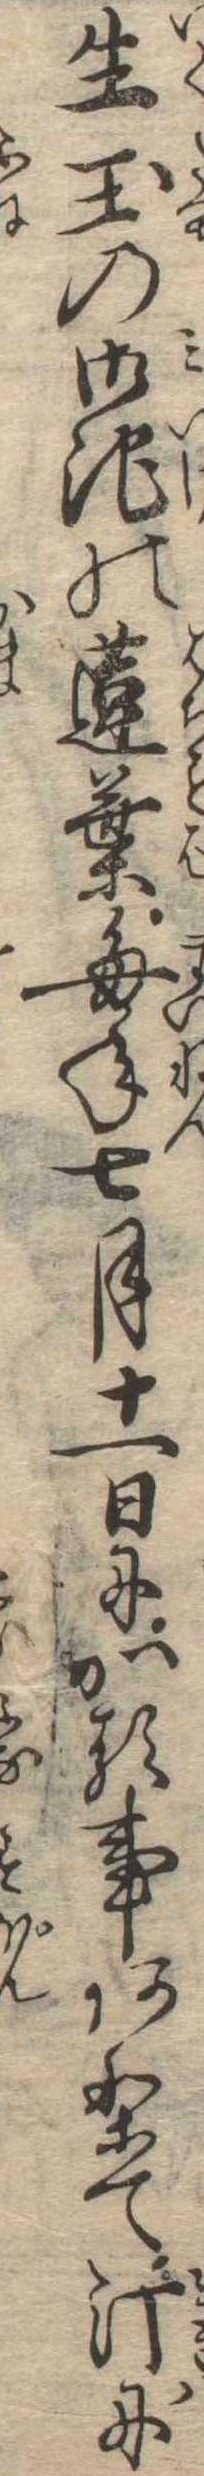
生玉の御池の蓮葉毎年七月十一日にかる事ありて汀に